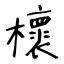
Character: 櫰